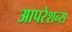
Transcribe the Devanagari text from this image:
आपरेशन्स